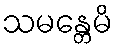
သမန္တေမိ